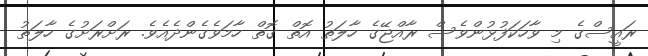
ރައީސްގެ މި ވާހަކަފުޅުންވެސް ރާއްޖޭގެ ހާލަތު އޮތް ގޮތް ހާމަވެގެންދެއެވެ. ރަށްރަށުގެ ހާލަތު